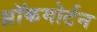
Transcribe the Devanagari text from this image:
थ्रॉकमोर्टन